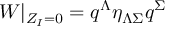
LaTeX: W | _ { Z _ { I } = 0 } = q ^ { \Lambda } \eta _ { \Lambda \Sigma } q ^ { \Sigma }